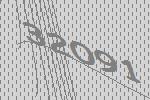
32091